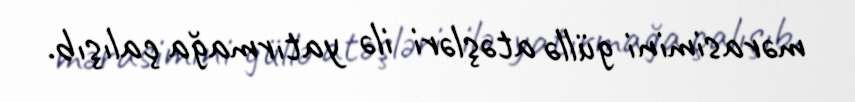
mərasimini güllə atəşləri ilə yatırmağa çalışıb.